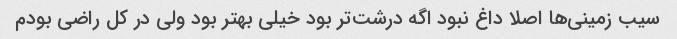
سیب زمینی‌ها اصلا داغ نبود اگه درشت‌تر بود خیلی بهتر بود ولی در کل راضی بودم